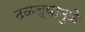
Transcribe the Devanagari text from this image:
ढळल्यामुळे